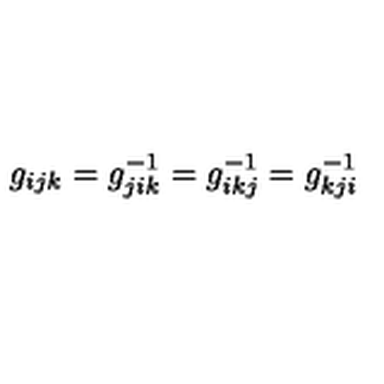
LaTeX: g _ { i j k } = g _ { j i k } ^ { - 1 } = g _ { i k j } ^ { - 1 } = g _ { k j i } ^ { - 1 }